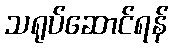
သရုပ်ဆောင်ရန်